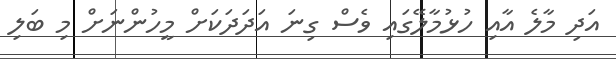
އަދި މާލެ އާއި ހުޅުމާލޭގައި ވެސް ގިނަ އަދަދަކަށް މީހުންނަށް މި ބަލި